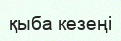
қыба кезеңі